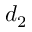
d _ { 2 }